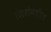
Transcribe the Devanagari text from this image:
शिरांमधील